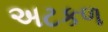
અટકળ